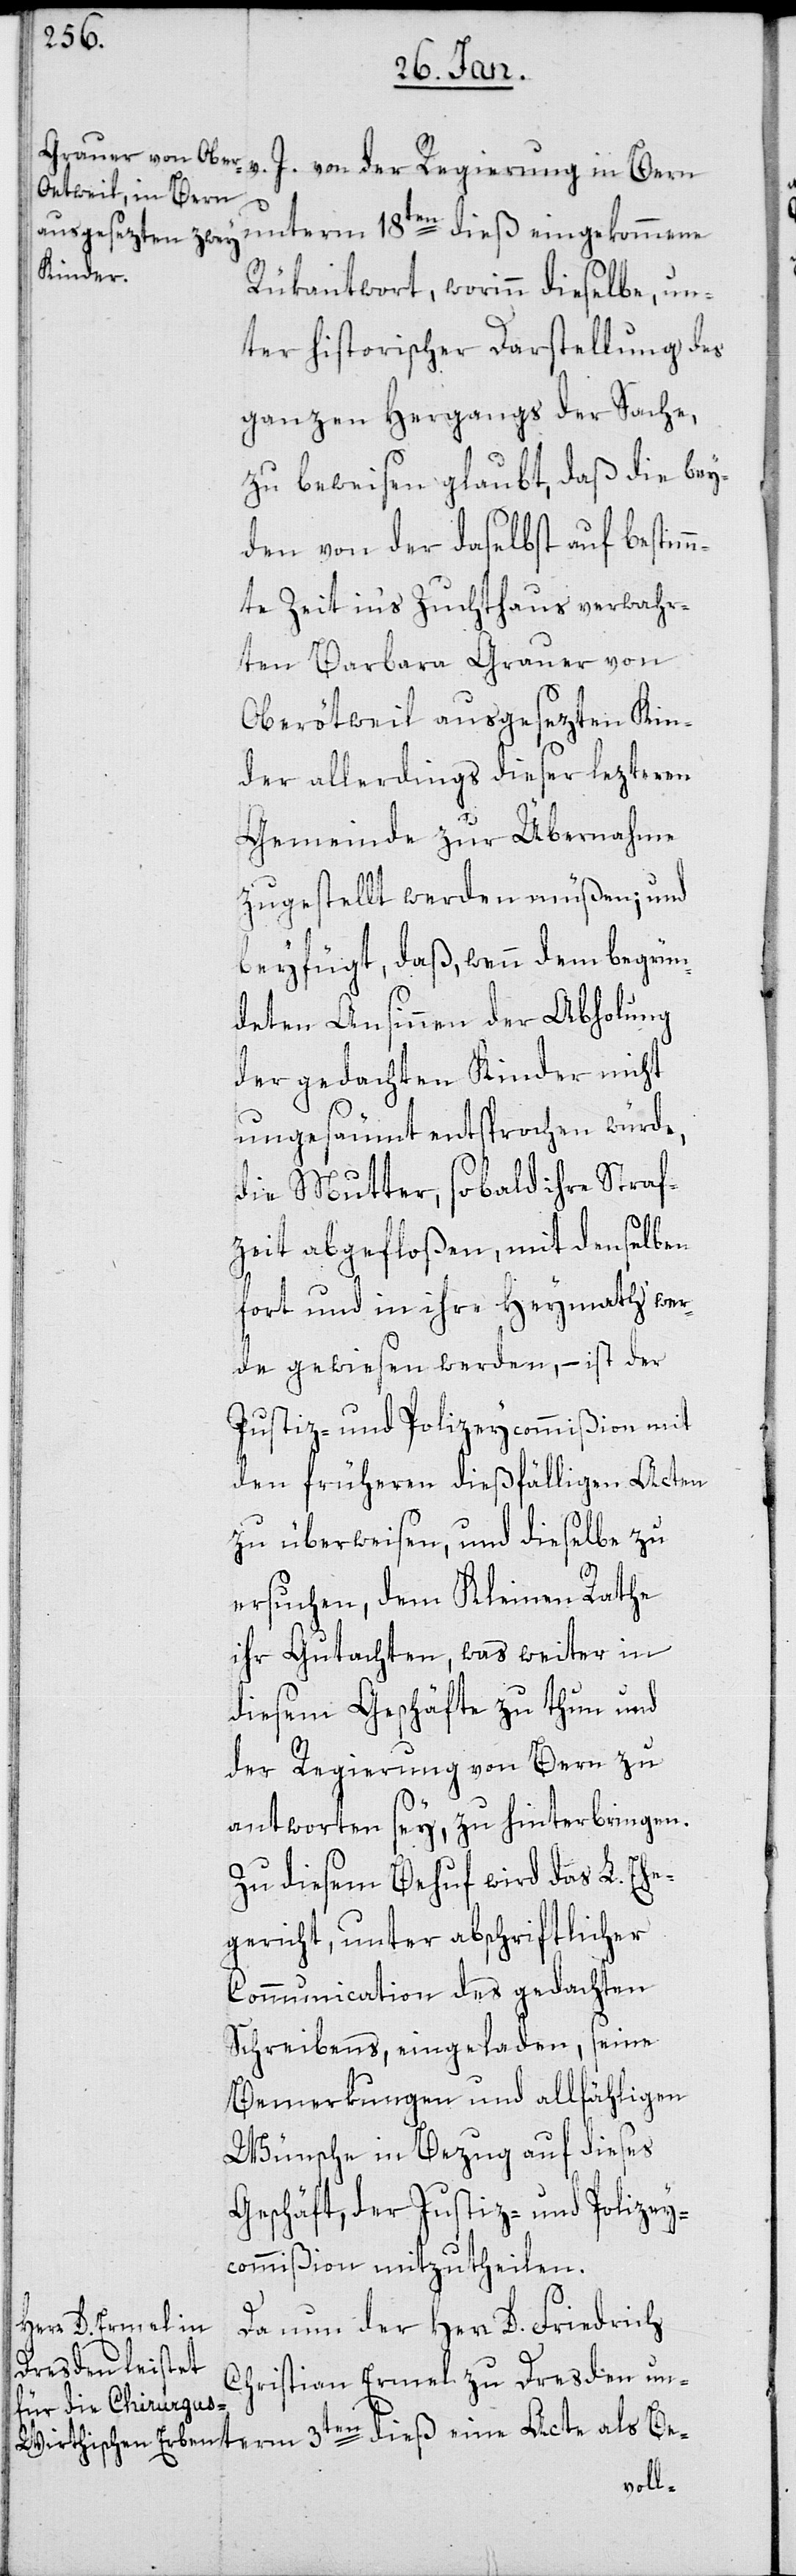
v. J. von der Regierung in Bern
unterm 18ten dieß eingekommene
Rükantwort, worinn dießelbe, un¬
ter historischer Darstellung des
ganzen Hergangs der Sache,
zu beweisen glaubt, daß die bey¬
den von der daselbst auf bestim¬
mte Zeit ins Zuchthaus verwahr¬
ten Barbara Grauer von
Oberötweil ausgesezten Kin¬
der allerdings dieser lezteren
Gemeinde zur Übernahme
zugestellt werden müßen; und
beyfügt, daß wenn dem begrün¬
deten Ansinnen der Abholung
der gedachten Kinder nicht
ungesäumt entsprochen würde,
die Mutter, sobald ihre Straf¬
zeit abgefloßen, mit denselben
fort und in ihre Heymath wer¬
de gewiesen werden, – ist der
Justiz- und Polizeycommißion mit
den früheren dießfälligen Acten
zu überweisen, und dieselbe zu
ersuchen, dem kleinen Rathe
ihr Gutachten, was weiter in
diesem Geschäfte zu thun und
der Regierung von Bern zu
antworten sey, zu hinterbringen.
Zu diesem Behuf wird das L. Ehe¬
gericht, unter abschriftlicher
Communication des gedachten
Schreibens, eingeladen, seine
Bemerkungen und allfähligen
Wünsche in Bezug auf dieses
Geschäft, der Justiz- und Polizey¬
commißion mitzutheilen.
Da nun der Herr D. Friedrich
term 3ten dieß eine
Christian Ermel zu Dresden un¬